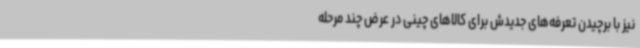
نیز با برچیدن تعرفه‌های جدیدش برای کالاهای چینی در عرض چند مرحله